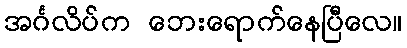
အင်္ဂလိပ်က ဘေးရောက်နေပြီလေ။